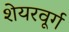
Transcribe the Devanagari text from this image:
शेयरवूर्ग